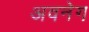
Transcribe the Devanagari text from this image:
अवनेग